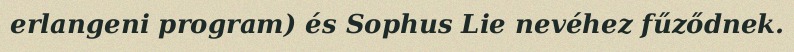
erlangeni program) és Sophus Lie nevéhez fűződnek.